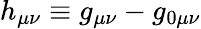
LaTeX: h_{\mu\nu}\equiv g_{\mu\nu}-g_{0\mu\nu}